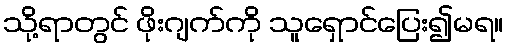
သို့ရာတွင် ဖိုးဂျက်ကို သူရှောင်ပြေး၍မရ။